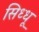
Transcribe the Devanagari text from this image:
सिध्धू